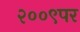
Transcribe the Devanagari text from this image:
२००९पर